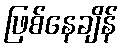
ဖြစ်နေချိန်